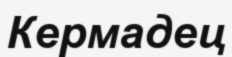
Кермадец